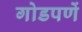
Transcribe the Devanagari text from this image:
गोडपणें